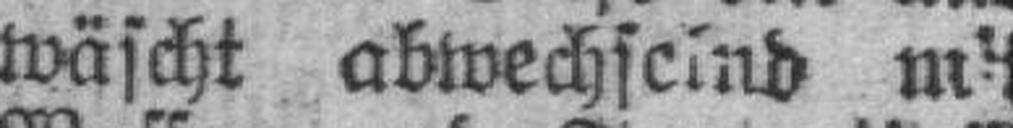
wäscht abwechseind m